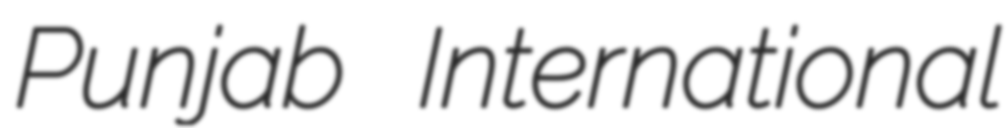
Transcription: Punjab International